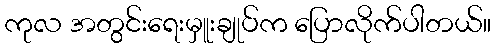
ကုလ အတွင်းရေးမှူးချုပ်က ပြောလိုက်ပါတယ်။